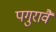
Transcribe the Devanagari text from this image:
पगुरावै